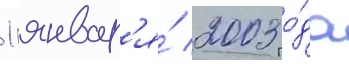
1 январ'я́ 2003 го́да